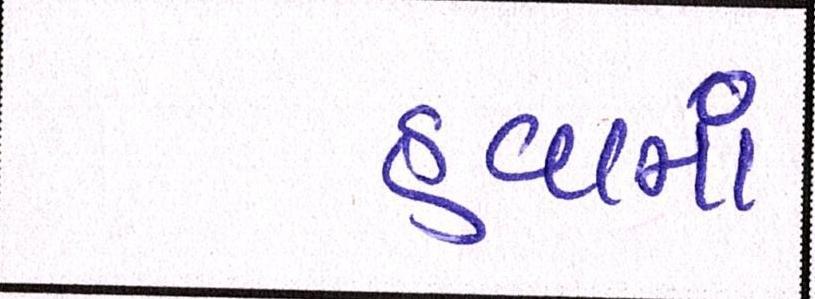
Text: હવામાં